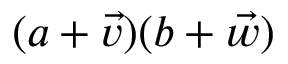
( a + { \vec { v } } ) ( b + { \vec { w } } )